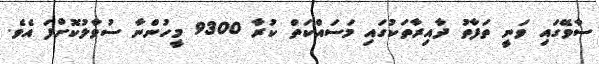
ސާވޭގައި ވަނީ ތަފާތު ދާއިރާތަކުގައި މަސައްކަތް ކުރާ 9300 މީހުންނާ ސުވާލުކޮށްފަ އެވެ.